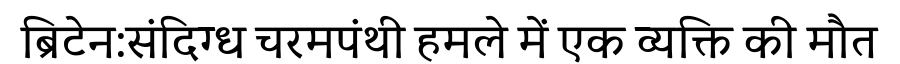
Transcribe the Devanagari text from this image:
ब्रिटेन:संदिग्ध चरमपंथी हमले में एक व्यक्ति की मौत